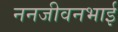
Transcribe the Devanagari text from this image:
ननजीवनभाई